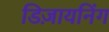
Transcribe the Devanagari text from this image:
डिज़ायनिंग